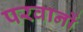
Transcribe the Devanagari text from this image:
परवानों